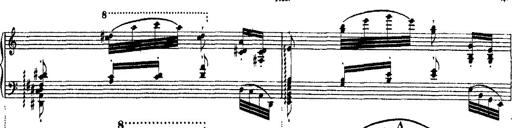
Title: Ã‰tudes d'exÃ©cution transcendante d'aprÃ¨s Paganini
Composer: Franz Liszt